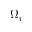
\Omega _ { r }